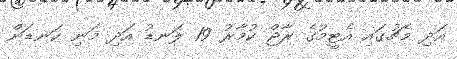
އަދި މެޗުގައި އެޓީމުގެ ރާޖް ކުމާރު 19 ލަނޑު އަދި މަނި ކަނޑަން